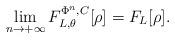
LaTeX: \begin{align*} \mathop{\lim}_{n\to+\infty}F_{L,\theta}^{\Phi^n,C}[\rho]=F_{L}[\rho]. \end{align*}